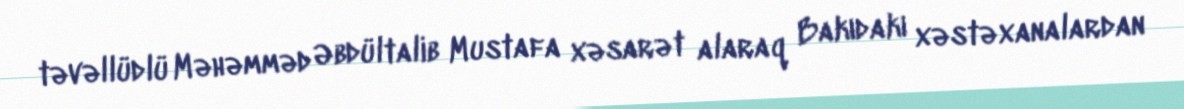
təvəllüdlü Məhəmməd Əbdültalib Mustafa xəsarət alaraq Bakıdakı xəstəxanalardan